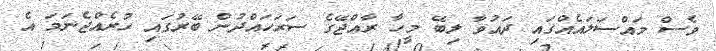
ވެސް މައްސަލައެއްގައި ދައުވާ ލިބޭ މީހާ ރާއްޖޭގެ ސަރަހައްދުން ބޭރުގައި ހުރެއްޖެނަމަ އެ